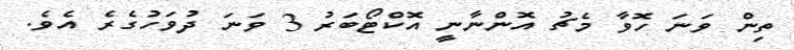
ތިން ވަނަ ހޮވާ މެޗު އޮންނާނީ އޮކްޓޯބަރު 3 ވަނަ ދުވަހުގެރެ އެވެ.